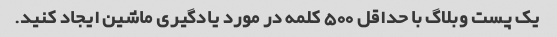
یک پست وبلاگ با حداقل 500 کلمه در مورد یادگیری ماشین ایجاد کنید.